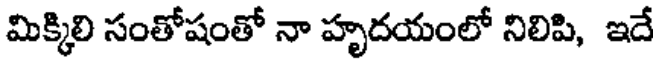
మిక్కిలి సంతోషంతో నా హృదయంలో నిలిపి, ఇదే